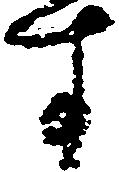
す